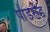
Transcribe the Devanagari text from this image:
पौडरोड